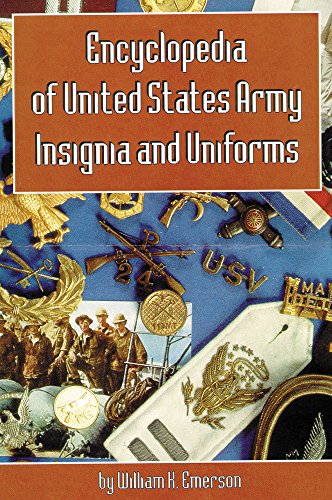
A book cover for Encyclopedia of United States Army Insignia and Uniforms; William K. Emerson; History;